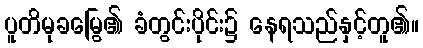
ပူတိမုခမြွေ၏ ခံတွင်းပိုင်း၌ နေရသည်နှင့်တူ၏။